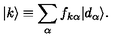
| k \rangle \equiv \sum _ { \alpha } f _ { k \alpha } | d _ { \alpha } \rangle .